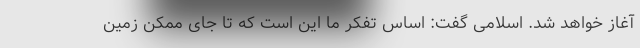
آغاز خواهد شد. اسلامی گفت: اساس تفکر ما این است که تا جای ممکن زمین